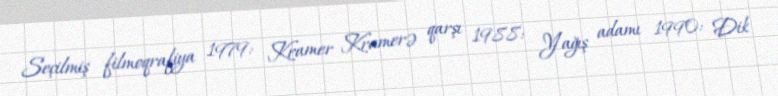
Seçilmiş filmoqrafiya 1979: Kramer Kramerə qarşı 1988: Yağış adamı 1990: Dik